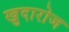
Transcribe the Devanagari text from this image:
खुदारोज